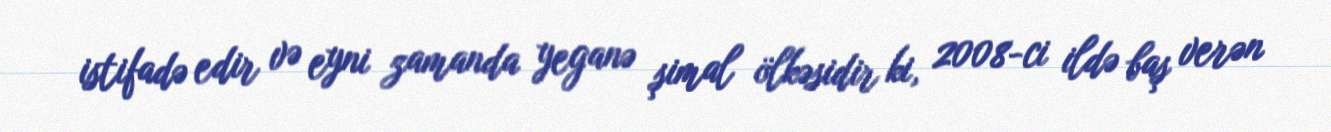
istifadə edir və eyni zamanda yeganə şimal ölkəsidir ki, 2008-ci ildə baş verən